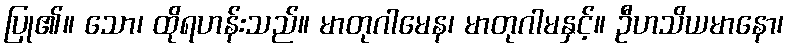
ပြု၏။ သော၊ ထိုရဟန်းသည်။ မာတုဂါမေန၊ မာတုဂါမနှင့်။ ဦဟသိယမာနော၊